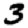
Digit: 3